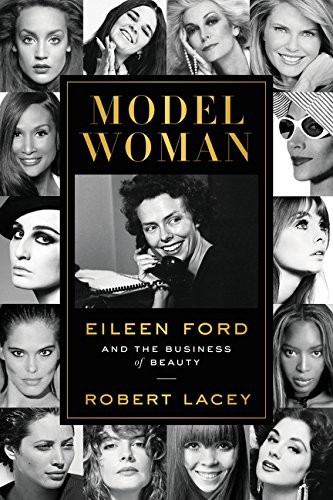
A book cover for Model Woman: Eileen Ford and the Business of Beauty; Robert Lacey; Business & Money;